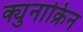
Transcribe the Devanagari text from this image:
क्युनाक्रिन